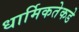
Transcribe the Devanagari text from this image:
धार्मिकतेकडे